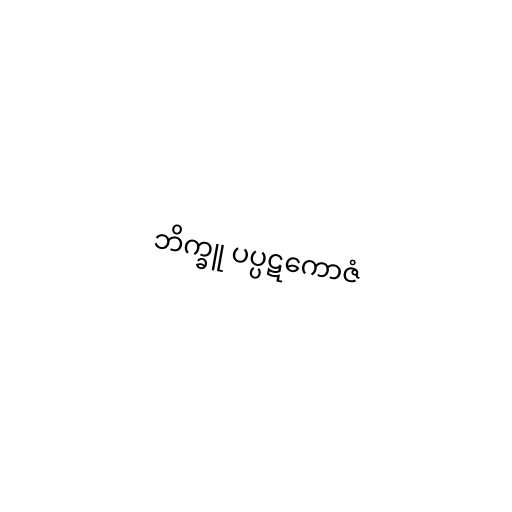
ဘိက္ခူ ပပ္ပဋကောဇံ